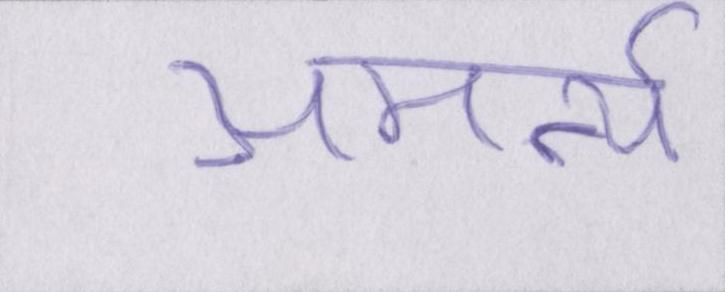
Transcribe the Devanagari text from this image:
अमर्त्य